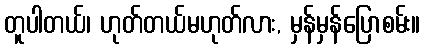
တူပါတယ်၊ ဟုတ်တယ်မဟုတ်လား, မှန်မှန်ပြောစမ်း။